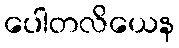
ပေါတလိယေန